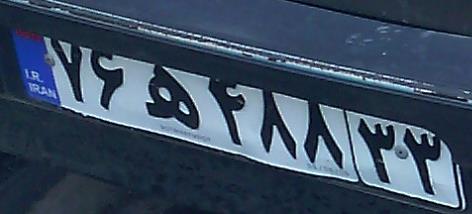
۷۶ه۴۸۸۳۳